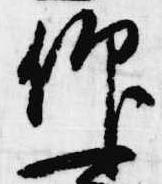
仰